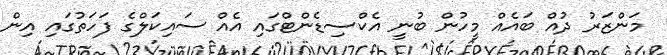
މަންޒަރު ދުއް ބައެއް މީހުން ބުނީ އެކްސިޑެންޓްގައި އެއް ސައިކަލްގެ ފަހަތުގައި އިން